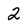
Character: 2